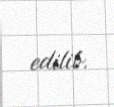
edilib.